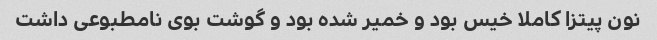
نون پیتزا کاملا خیس بود و خمیر شده بود و گوشت بوی نامطبوعی داشت